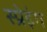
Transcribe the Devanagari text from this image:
स्प्रेइंग